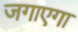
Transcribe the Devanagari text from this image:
जगाएगा